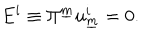
LaTeX: E ^ { i } \equiv \Pi ^ { \underline { { { m } } } } u _ { \underline { { { m } } } } ^ { i } = 0 .